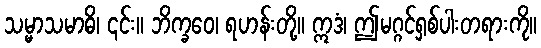
သမ္မာသမာဓိ၊ ၎င်း။ ဘိက္ခဝေ၊ ရဟန်းတို့။ ဣဒံ၊ ဤမဂ္ဂင်ရှစ်ပါးတရားကို။